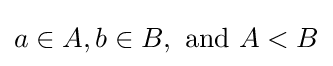
a\in A,b\in B,{\text{ and }}A<B